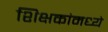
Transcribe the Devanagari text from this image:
शिक्षकांमध्ये